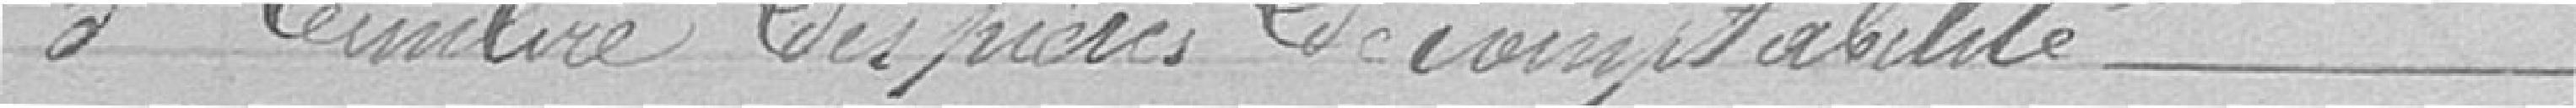
5 timbre des pièces de comptabilité